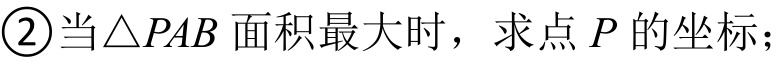
\textcircled{2}当\(\triangle PAB\)面积最大时，求点\(P\)的坐标；